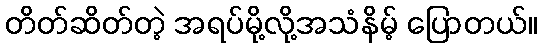
တိတ်ဆိတ်တဲ့ အရပ်မို့လို့အသံနိမ့် ပြောတယ်။